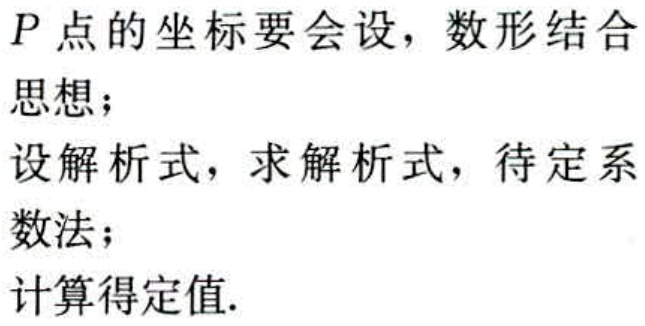
$P$点的坐标要会设，数形结合
思想；
设解析式，求解析式，待定系
数法；
计算得定值.